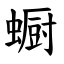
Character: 蟵